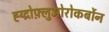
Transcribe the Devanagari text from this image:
ह्य्द्रोफ़्लुओरोकर्बोन